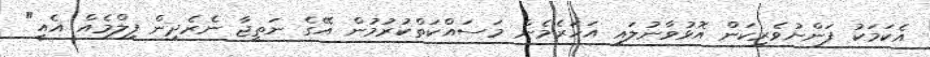
އެކަމަކު ފަންނުވެރިކަން އޮޅުވާނުލައި އަހަރެމެން މަސައްކަތްކުރުމުން އޭގެ ނަތީޖާ ނެރެދިން ފިލްމެއް އެއީ"